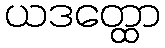
ယဒတ္ထော